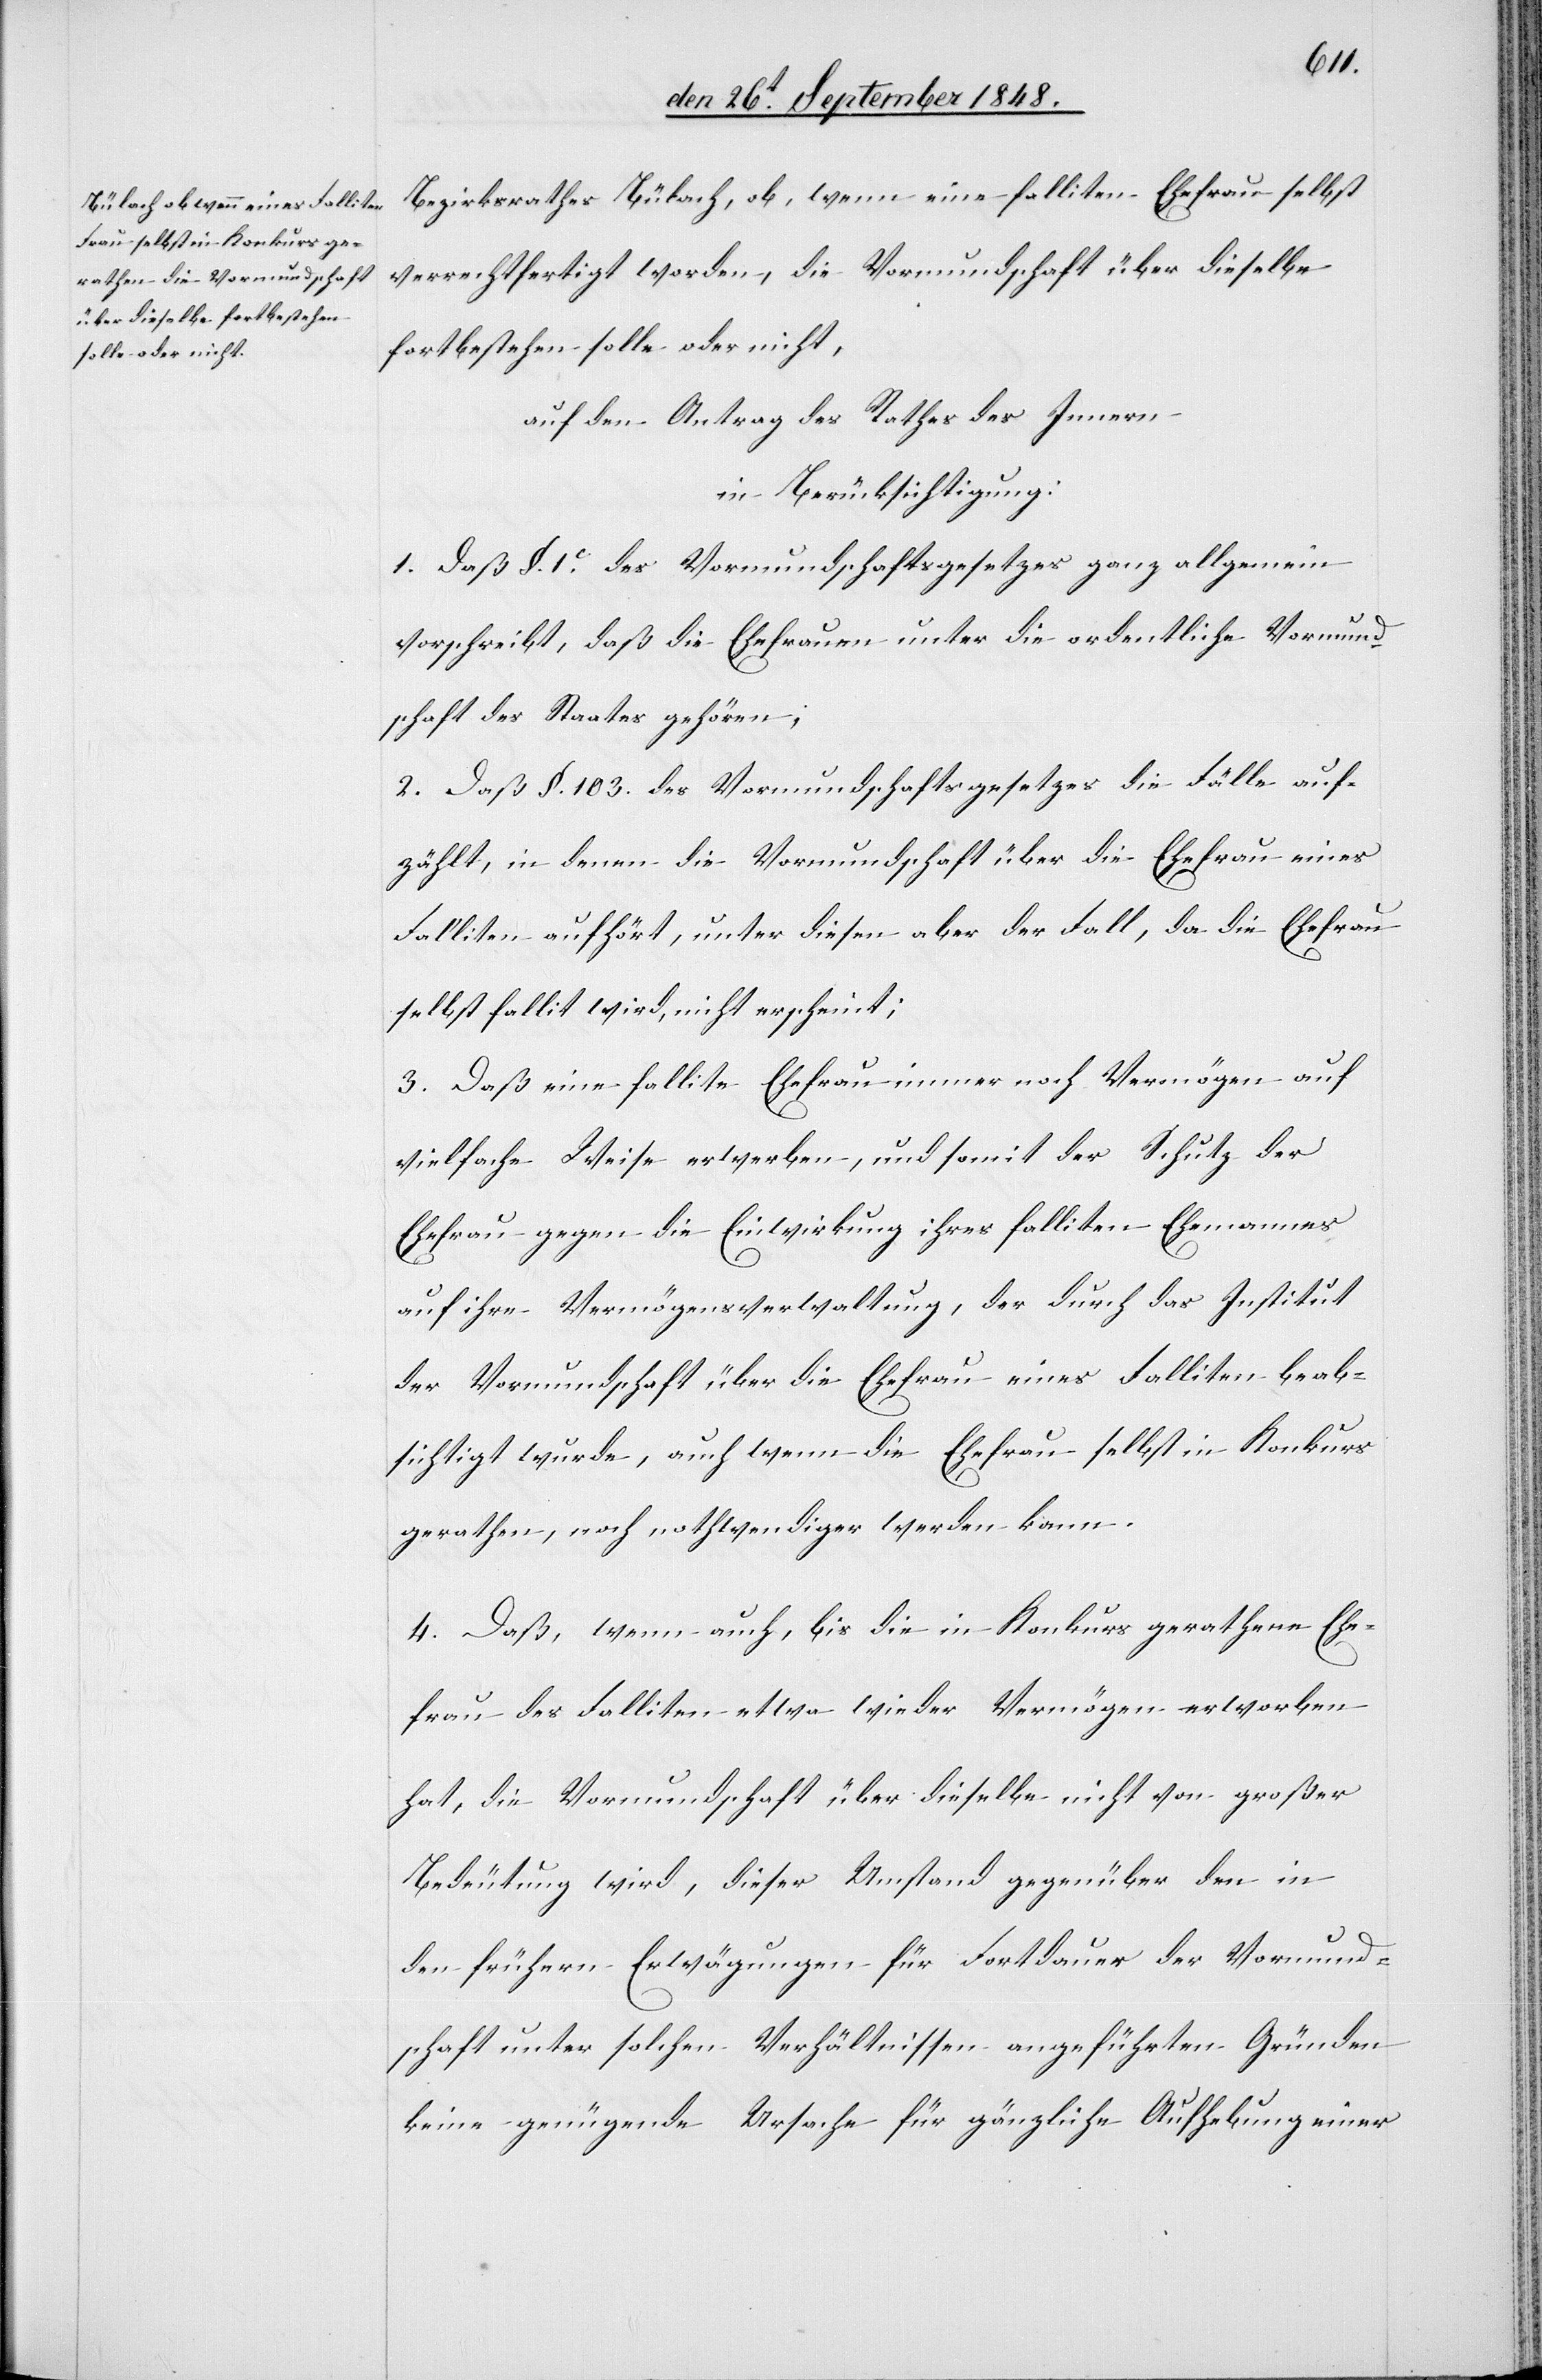
Bezirksrathes Bülach, ob, wenn eine falliten [sic!] Ehefrau selbst
verrechtfertigt worden, die Vormundschaft über dieselbe
fortbestehen solle oder nicht,
auf den Antrag des Rathes des Innern
in Berücksichtigung:
1. Daß §. 1. c. des Vormundschaftsgesetzes ganz allgemein
vorschreibt, daß die Ehefrauen unter die ordentliche Vormund¬
schaft des Staates gehören;
2. Daß §. 103 des Vormundschaftsgesetzes die Fälle auf¬
zählt, in denen die Vormundschaft über die Ehefrau eines
Falliten aufhört, unter diesen aber der Fall, da die Ehefrau
selbst fallit wird, nicht erscheint;
3. Daß eine fallite Ehefrau immer noch Vermögen auf
vielfache Weise erwerben, und somit der Schutz der
Ehefrau gegen die Einwirkung ihres falliten Ehemannes
auf ihre Vermögensverwaltung, der durch das Institut
der Vormundschaft über die Ehefrau eines Falliten beab¬
sichtigt wurde, auch wenn die Ehefrau selbst in Konkurs
gerathen, noch nothwendiger werden kann.
4. Daß, wenn auch, bis die in Konkurs gerathene Ehe¬
frau des Falliten etwa wieder Vermögen erworben
hat, die Vormundschaft über dieselbe nicht von großer
Bedeutung wird, dieser Umstand gegenüber den in
den frühern Erwägungen für Fortdauer der Vormund¬
schaft unter solchen Verhältnissen angeführten Gründen
keine genügende Ursache für gänzliche Aufhebung einer